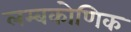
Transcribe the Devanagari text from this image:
लम्बकोणिक